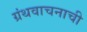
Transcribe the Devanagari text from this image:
ग्रंथवाचनाची